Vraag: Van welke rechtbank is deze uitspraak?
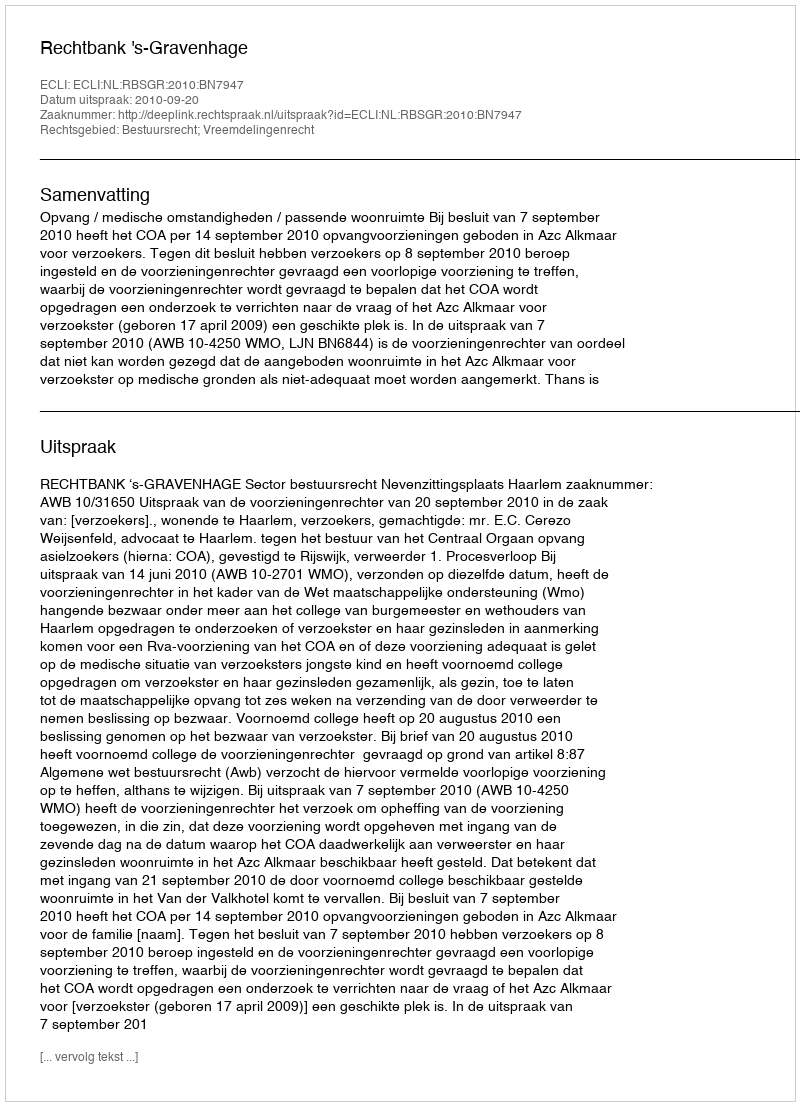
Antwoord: Rechtbank 's-Gravenhage